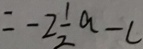
= - 2 \frac { 1 } { 2 } a - c